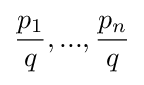
{\frac {p_{1}}{q}},...,{\frac {p_{n}}{q}}